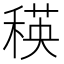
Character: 𥠚